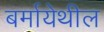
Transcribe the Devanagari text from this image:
बर्मायेथील